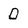
Character: D